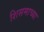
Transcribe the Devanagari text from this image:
शिसमाच्या